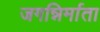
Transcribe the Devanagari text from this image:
जगन्निर्माता